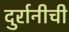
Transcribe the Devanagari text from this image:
दुर्रानीची